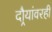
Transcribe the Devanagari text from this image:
दौर्‍यांवरही